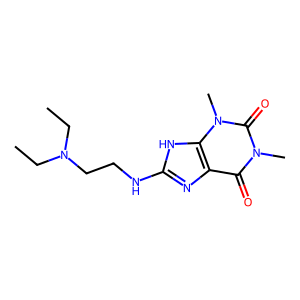
SMILES: CCN(CC)CCNc1nc2c(=O)n(C)c(=O)n(C)c2[nH]1
Inhibits HIV replication: No